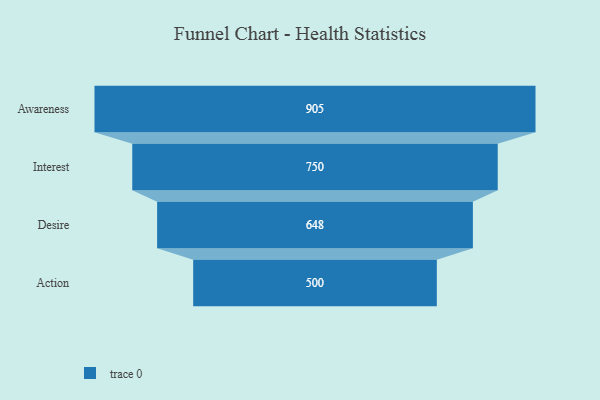
{"axis": {"x": "Stage", "y": "Value"}, "legend": [""], "data": [{"x": "Awareness", "y": 905.0, "type": ""}, {"x": "Interest", "y": 750.0, "type": ""}, {"x": "Desire", "y": 648.0, "type": ""}, {"x": "Action", "y": 500, "type": ""}]}